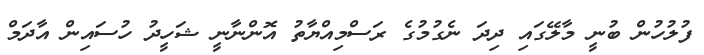
ފުލުހުން ބުނީ މާލޭގައި ދިދަ ނެގުމުގެ ރަސްމިއްޔާތު އޮންނާނީ ޝަހީދު ހުސައިން އާދަމް